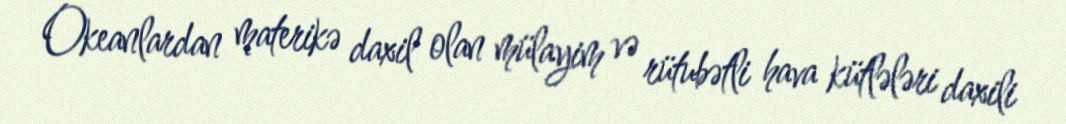
Okeanlardan materikə daxil olan mülayim və rütubətli hava kütlələri daxili